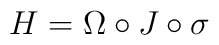
H = \Omega\circ J \circ\sigma